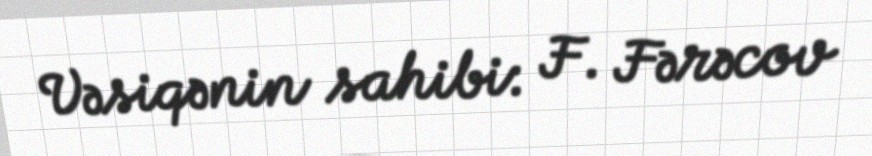
Vəsiqənin sahibi: F. Fərəcov